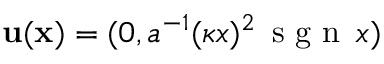
\mathbf { u } ( \mathbf { x } ) = ( 0 , a ^ { - 1 } ( \kappa x ) ^ { 2 } \, \mathrm { ~ s ~ g ~ n ~ } \, x )